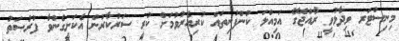
މިނިސްޓަރ ވިދާޅުވީ ރާއްޖޭގެ އަމިއްލަ ކުންފުނިތައް ކުރިއެރުވުމަށް ކުރީ ސަރުކާރުން އެކަށީގެންވާ ފުރުޞަތު